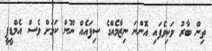
ތިން ބާރު ވަކިވެފައި އޮންނަ ނިޒާމެއްގެ ސިފައެއް ނޫން ކަމަށް ވެސް އެމްޑީޕީ